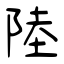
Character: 陸